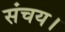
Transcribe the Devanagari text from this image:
संचय।